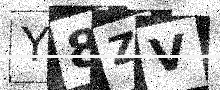
Text: Y8ZV